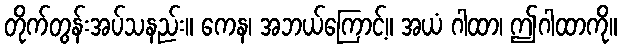
တိုက်တွန်းအပ်သနည်း။ ကေန၊ အဘယ်ကြောင့်။ အယံ ဂါထာ၊ ဤဂါထာကို။